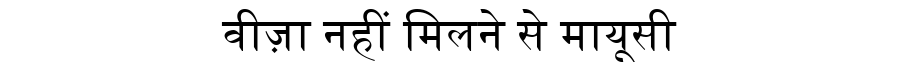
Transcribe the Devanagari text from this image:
वीज़ा नहीं मिलने से मायूसी